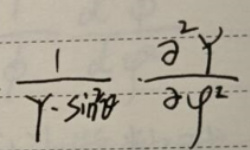
\[
\frac{1}{Y \cdot \sin^{2}\theta} \cdot \frac{\partial^{2}Y}{\partial \varphi^{2}}
\]